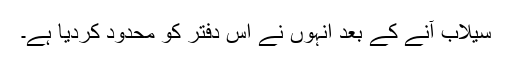
سیلاب آنے کے بعد انہوں نے اس دفتر کو محدود کردیا ہے۔